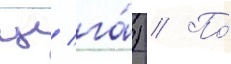
ц/ га́) // По́